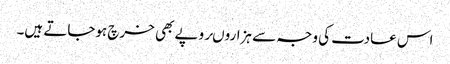
اس عادت کی وجہ سے ہزاروںروپے بھی خرچ ہوجاتے ہیں۔